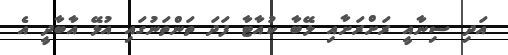
އަދި ސިނާއީ ރަށްރަށާއި ލޭބާ ކުއާޓާ ފަދަ ތަންތަނުގައި އުޅޭ އާބާދީ އެ